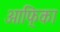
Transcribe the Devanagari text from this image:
आफि्का